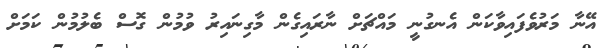
އޭނާ މަރުވެފައިވާކަން އެނގުނީ މައްޗަށް ނާރައިގެން މާގިނައިރު ވުމުން ގޮސް ބެލުމުން ކަމަށް